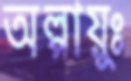
অল্পায়ুঃ